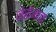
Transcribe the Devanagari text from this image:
जेरोमाचा